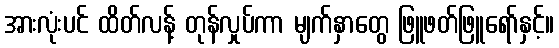
အားလုံးပင် ထိတ်လန့် တုန်လှုပ်ကာ မျက်နှာတွေ ဖြူဖတ်ဖြူရော်နှင့်။